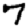
Digit: 7